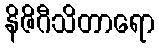
နိဇိဂီသိတာရော